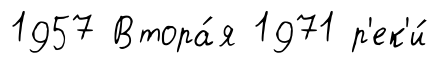
1957 Втора́я 1971 р'ек'и́